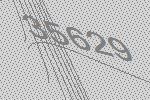
35629